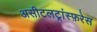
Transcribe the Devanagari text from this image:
असीटलट्रांस्फ़रेस